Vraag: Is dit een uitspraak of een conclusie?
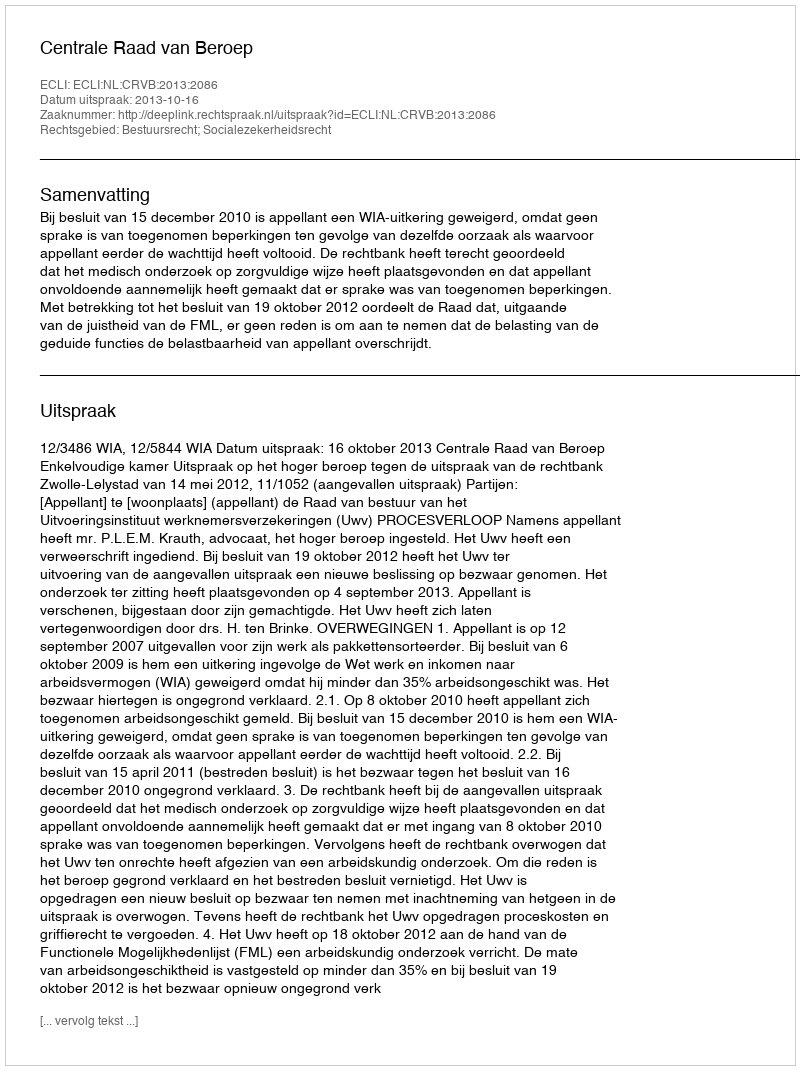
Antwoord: Uitspraak